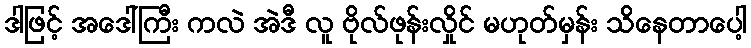
ဒါဖြင့် အဒေါ်ကြီး ကလဲ အဲဒီ လူ ဗိုလ်ဖုန်းလှိုင် မဟုတ်မှန်း သိနေတာပေါ့